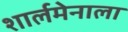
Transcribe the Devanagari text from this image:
शार्लमेनाला